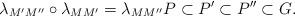
LaTeX: \begin{align*}\lambda_{M' M''} \circ \lambda_{M M'} = \lambda_{M M''} P \subset P' \subset P'' \subset G.\end{align*}